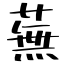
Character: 蕪